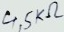
Text: 4,5KΩ